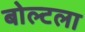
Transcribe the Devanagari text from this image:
बोल्टला